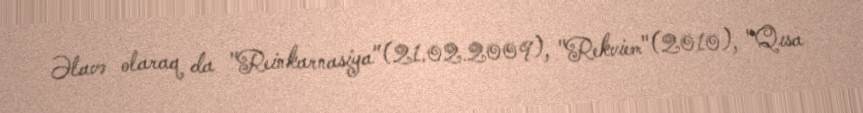
Əlavə olaraq da "Reinkarnasiya"(21.02.2009), "Rekviem"(2010), "Qısa